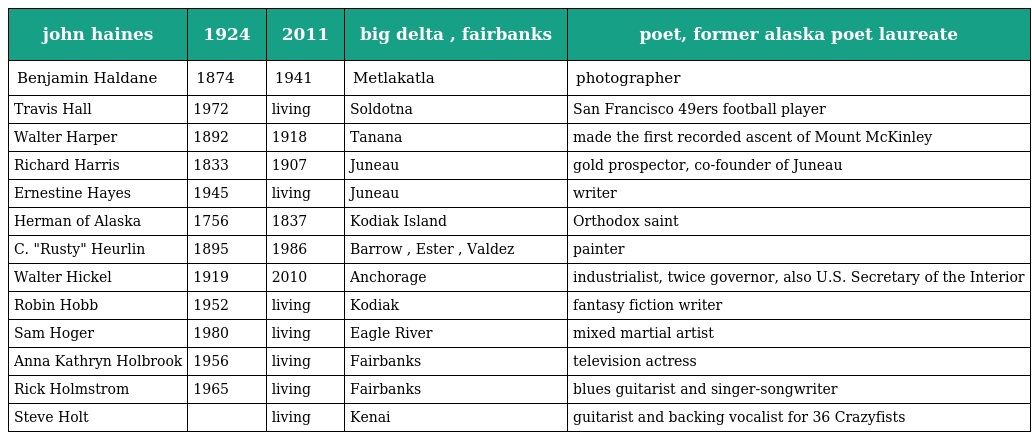
| john haines | 1924 | 2011 | big delta , fairbanks | poet, former alaska poet laureate |
 | --- | --- | --- | --- | --- |
 | Benjamin Haldane | 1874 | 1941 | Metlakatla | photographer |
 | Travis Hall | 1972 | living | Soldotna | San Francisco 49ers football player |
 | Walter Harper | 1892 | 1918 | Tanana | made the first recorded ascent of Mount McKinley |
 | Richard Harris | 1833 | 1907 | Juneau | gold prospector, co-founder of Juneau |
 | Ernestine Hayes | 1945 | living | Juneau | writer |
 | Herman of Alaska | 1756 | 1837 | Kodiak Island | Orthodox saint |
 | C. "Rusty" Heurlin | 1895 | 1986 | Barrow , Ester , Valdez | painter |
 | Walter Hickel | 1919 | 2010 | Anchorage | industrialist, twice governor, also U.S. Secretary of the Interior |
 | Robin Hobb | 1952 | living | Kodiak | fantasy fiction writer |
 | Sam Hoger | 1980 | living | Eagle River | mixed martial artist |
 | Anna Kathryn Holbrook | 1956 | living | Fairbanks | television actress |
 | Rick Holmstrom | 1965 | living | Fairbanks | blues guitarist and singer-songwriter |
 | Steve Holt |  | living | Kenai | guitarist and backing vocalist for 36 Crazyfists |